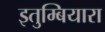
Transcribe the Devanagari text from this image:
इतुम्बियारा